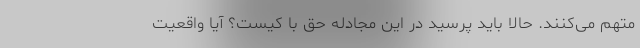
متهم می‌کنند. حالا باید پرسید در این مجادله حق با کیست؟ آیا واقعیت